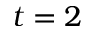
t = 2